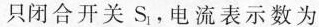
A只闭合开关S_{1}电流表示数为